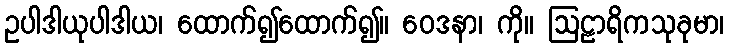
ဥပါဒါယုပါဒါယ၊ ထောက်၍ထောက်၍။ ဝေဒနာ၊ ကို။ ဩဠာရိကသုခုမာ၊